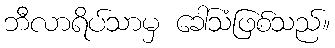
ဘီလာရိပ်သာမှ ခေါ်သံဖြစ်သည်။